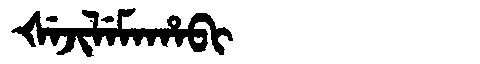
Manchu: ᡧᡝᠵᡳᠯᡝᠮᠠᡥᠠᠪᡳ
Romanization: ŠEJILEMAHABI